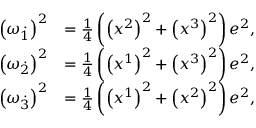
\begin{array} { r l } { \left( \omega \overset { . } { _ { 1 } } \right) ^ { 2 } } & { = \frac { 1 } { 4 } \left( \left( x ^ { 2 } \right) ^ { 2 } + \left( x ^ { 3 } \right) ^ { 2 } \right) e ^ { 2 } , } \\ { \left( \omega \overset { . } { _ { 2 } } \right) ^ { 2 } } & { = \frac { 1 } { 4 } \left( \left( x ^ { 1 } \right) ^ { 2 } + \left( x ^ { 3 } \right) ^ { 2 } \right) e ^ { 2 } , } \\ { \left( \omega \overset { . } { _ { 3 } } \right) ^ { 2 } } & { = \frac { 1 } { 4 } \left( \left( x ^ { 1 } \right) ^ { 2 } + \left( x ^ { 2 } \right) ^ { 2 } \right) e ^ { 2 } , } \end{array}